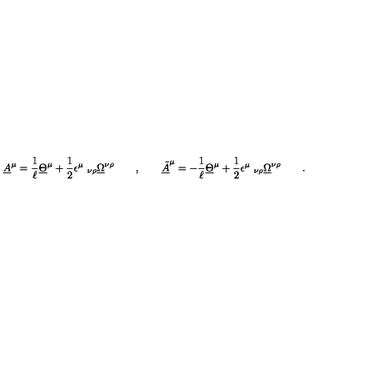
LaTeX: \underline { { A } } ^ { \mu } = \frac 1 \ell \underline { { \Theta } } ^ { \mu } + { \frac { 1 } { 2 } } \epsilon ^ { \mu } \ _ { \nu \rho } \underline { { \Omega } } ^ { \nu \rho } \qquad , \qquad \underline { { \tilde { A } } } ^ { \mu } = - \frac 1 \ell \underline { { \Theta } } ^ { \mu } + { \frac { 1 } { 2 } } \epsilon ^ { \mu } \ _ { \nu \rho } \underline { { \Omega } } ^ { \nu \rho } \qquad .